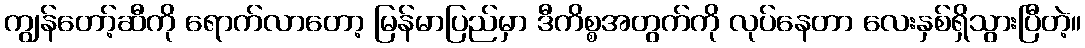
ကျွန်တော့်ဆီကို ရောက်လာတော့ မြန်မာပြည်မှာ ဒီကိစ္စအတွက်ကို လုပ်နေတာ လေးနှစ်ရှိသွားပြီတဲ့။